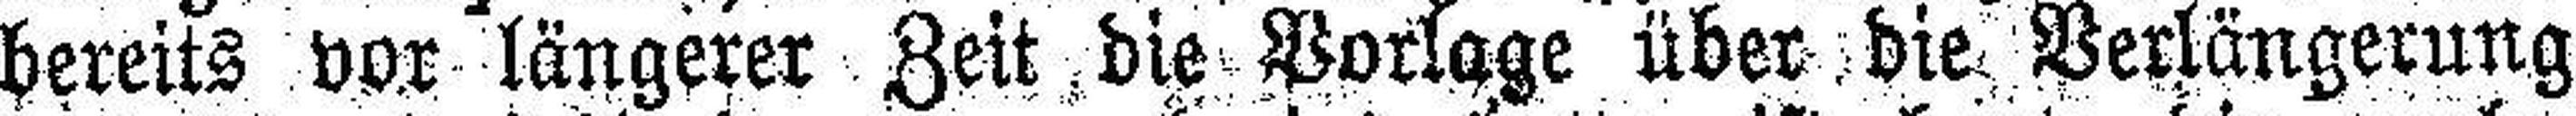
bereits vor längerer Zeit die Vorlage über die Verlängerung